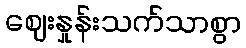
ဈေးနှုန်းသက်သာစွာ